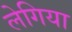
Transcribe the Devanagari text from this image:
लेगिया